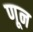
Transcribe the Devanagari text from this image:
णून